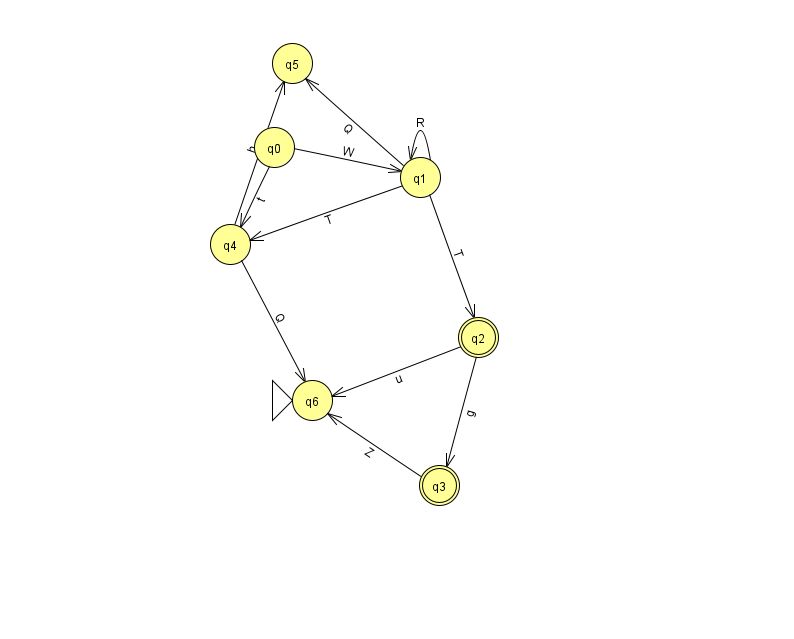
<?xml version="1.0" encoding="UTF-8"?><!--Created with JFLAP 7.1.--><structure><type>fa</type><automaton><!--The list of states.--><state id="0" name="q0"><x>274.0</x><y>134.0</y></state><state id="1" name="q1"><x>420.0</x><y>164.0</y></state><state id="2" name="q2"><x>478.0</x><y>324.0</y><final/></state><state id="3" name="q3"><x>439.0</x><y>472.0</y><final/></state><state id="4" name="q4"><x>230.0</x><y>231.0</y></state><state id="5" name="q5"><x>292.0</x><y>50.0</y></state><state id="6" name="q6"><x>312.0</x><y>387.0</y><initial/></state><!--The list of transitions.--><transition><from>2</from><to>6</to><read>u</read></transition><transition><from>1</from><to>1</to><read>R</read></transition><transition><from>1</from><to>4</to><read>T</read></transition><transition><from>2</from><to>3</to><read>g</read></transition><transition><from>4</from><to>6</to><read>Q</read></transition><transition><from>1</from><to>2</to><read>T</read></transition><transition><from>1</from><to>5</to><read>Q</read></transition><transition><from>4</from><to>5</to><read>h</read></transition><transition><from>0</from><to>1</to><read>W</read></transition><transition><from>3</from><to>6</to><read>Z</read></transition><transition><from>0</from><to>4</to><read>t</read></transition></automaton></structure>